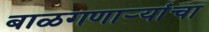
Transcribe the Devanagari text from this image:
बाळगणाऱ्यांचा